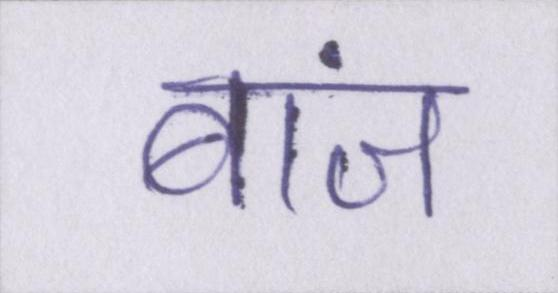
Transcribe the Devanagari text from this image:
बांज